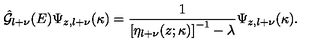
\hat { { \mathcal G } } _ { l + \nu } ( E ) \Psi _ { z , l + \nu } ( \kappa ) = \frac { 1 } { \left[ \eta _ { l + \nu } ( z ; \kappa ) \right] ^ { - 1 } - \lambda } \Psi _ { z , l + \nu } ( \kappa ) .